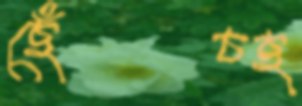
ছেঁচছ